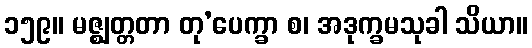
၁၅၉။ မဇ္ဈတ္တတာ တု’ပေက္ခာ စ၊ အဒုက္ခမသုခါ သိယာ။